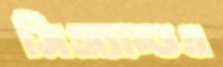
সিঅ্যান্ডএ